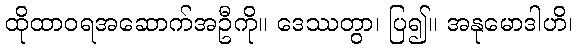
ထိုထာဝရအဆောက်အဦကို။ ဒေဿတွာ၊ ပြ၍။ အနုမောဒါဟိ၊